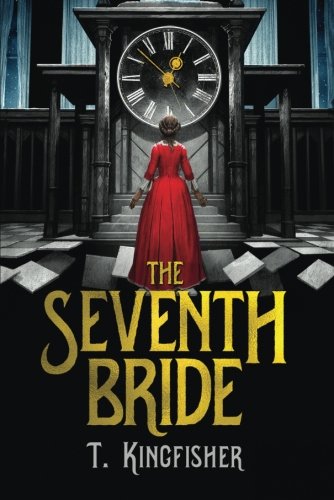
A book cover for The Seventh Bride; T. Kingfisher; Science Fiction & Fantasy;